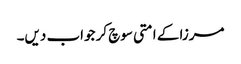
مرزا کے امتی سوچ کر جواب دیں۔